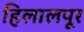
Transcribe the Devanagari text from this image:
हिलालपूर